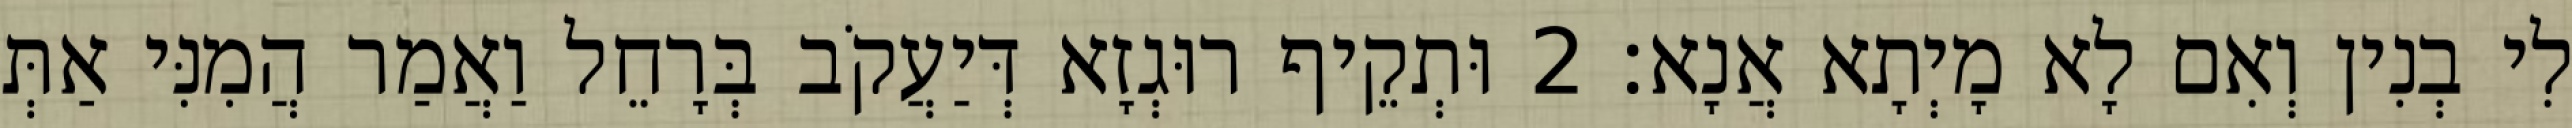
לִי בְנִין וְאִם לָא מָיְתָא אֲנָא׃ 2 וּתְקֵיף רוּגְזָא דְּיַעֲקֹב בְּרָחֵל וַאֲמַר הֲמִנִּי אַתְּ